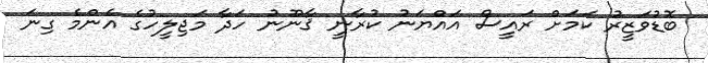
ބޮޑުވަޒީރު ކަމަށް ރައީސް އައްޔަނު ކުރާނީ ޤާނޫނު ހަދާ މަޖިލީހުގެ އެންމެ ގިނަ